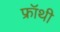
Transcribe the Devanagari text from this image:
फ्रॉथी